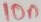
Text: 10n